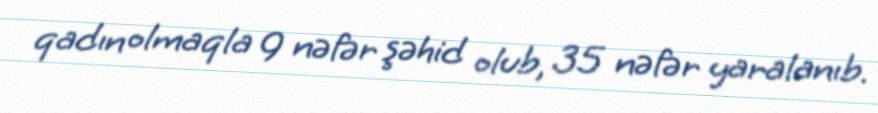
qadın olmaqla 9 nəfər şəhid olub, 35 nəfər yaralanıb.